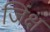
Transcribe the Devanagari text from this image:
जिंक्ष